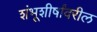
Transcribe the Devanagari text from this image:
शंभूशीर्षांवरील